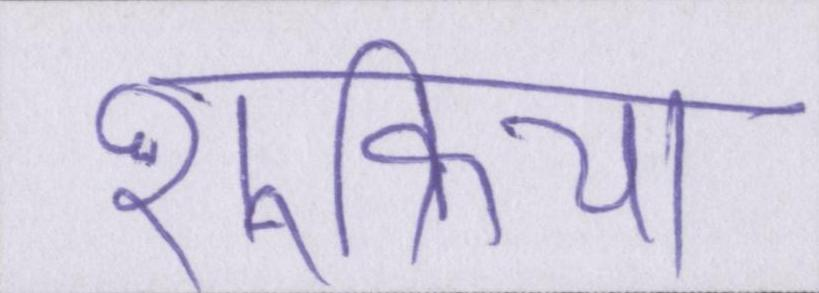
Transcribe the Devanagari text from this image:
शुक्रिया